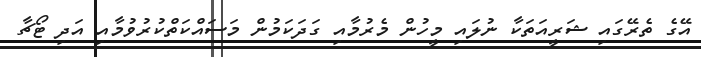
އޭގެ ތެރޭގައި ޝަރީއަތަކާ ނުލައި މީހުން މެރުމާއި ގަދަކަމުން މަސައްކަތްކުރުވުމާއި އަދި ޓޯޗާ